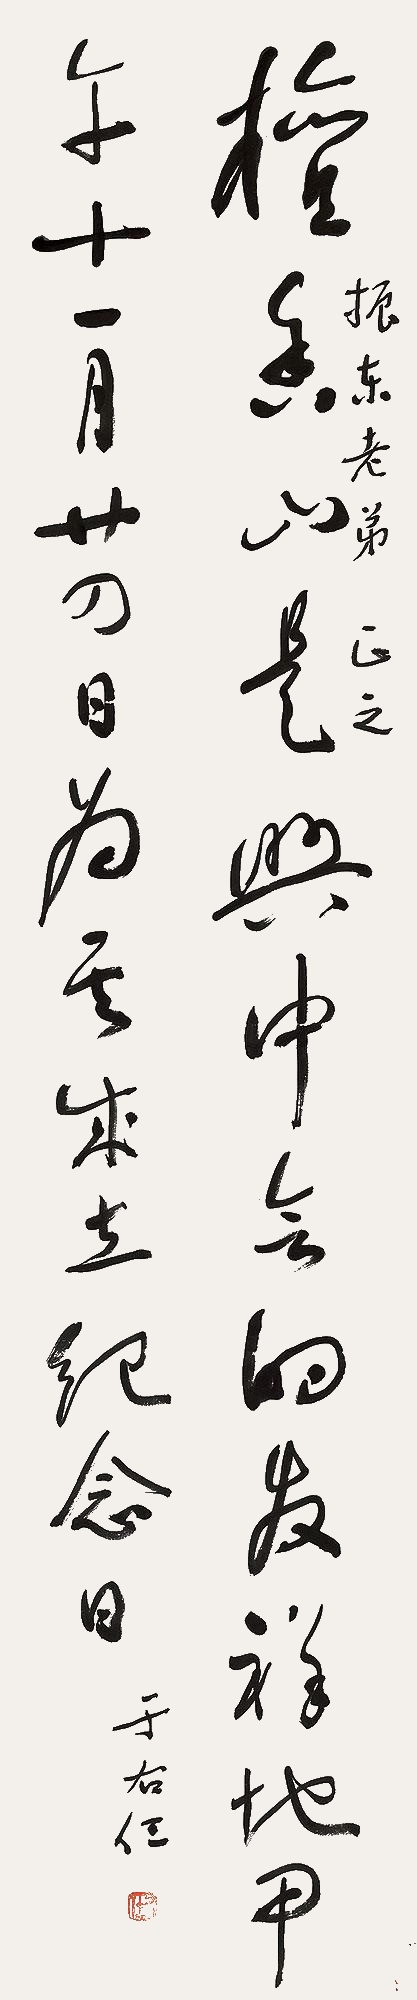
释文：檀香山是兴中会的发祥地，甲午十一月廿四日为其成立纪念日。振东老弟正之，于右任。